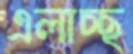
এলাচ্ছ